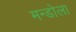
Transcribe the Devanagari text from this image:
मन्डोला